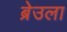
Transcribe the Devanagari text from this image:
ब्रेउला